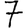
Digit: 7